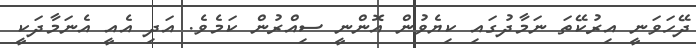
ދޭހަވަނީ އިރުކޭތަ ނަމާދުގައި ކިޔެވުން އޮންނީ ސިއްރުން ކަމެވެ. އަދި އެއީ އެނަމާދަކީ